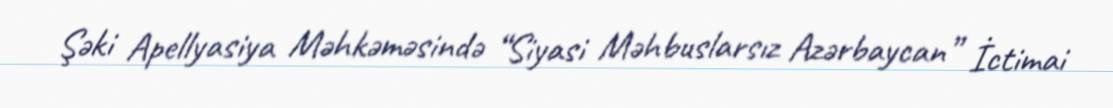
Şəki Apellyasiya Məhkəməsində “Siyasi Məhbuslarsız Azərbaycan” İctimai